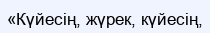
«Күйесің, жүрек, күйесің,